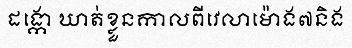
ដង្កោ ឃាត់ខ្លួនកាលពីវេលាម៉ោង៧និង